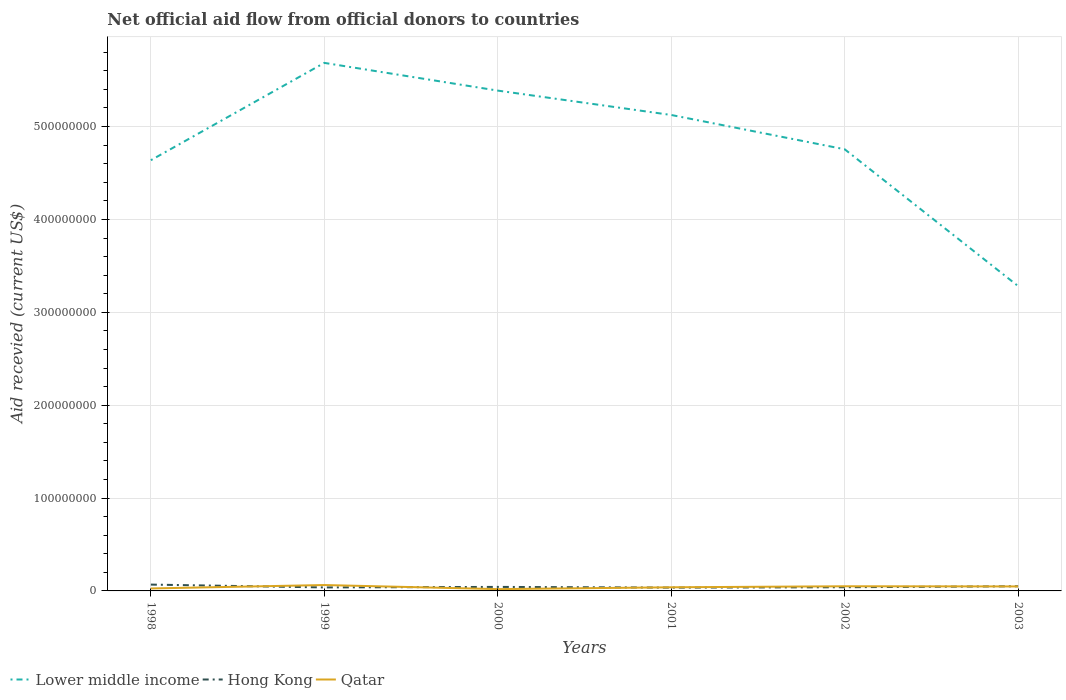
| Years | Lower middle income | Hong Kong | Qatar |
 | --- | --- | --- | --- |
 | 1998 | 4.64e+08 | 6.82e+06 | 2.66e+06 |
 | 1999 | 5.69e+08 | 3.75e+06 | 6.34e+06 |
 | 2000 | 5.39e+08 | 4.33e+06 | 1.94e+06 |
 | 2001 | 5.12e+08 | 3.57e+06 | 3.91e+06 |
 | 2002 | 4.76e+08 | 3.96e+06 | 5.02e+06 |
 | 2003 | 3.28e+08 | 5.02e+06 | 4.82e+06 |